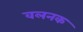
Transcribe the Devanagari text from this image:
वलनक